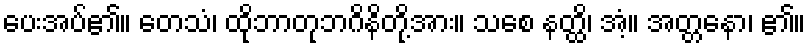
ပေးအပ်၏။ တေသံ၊ ထိုဘာတုဘဂိနိတို့အား။ သစေ နတ္ထိ၊ အံ့။ အတ္တနော၊ ၏။